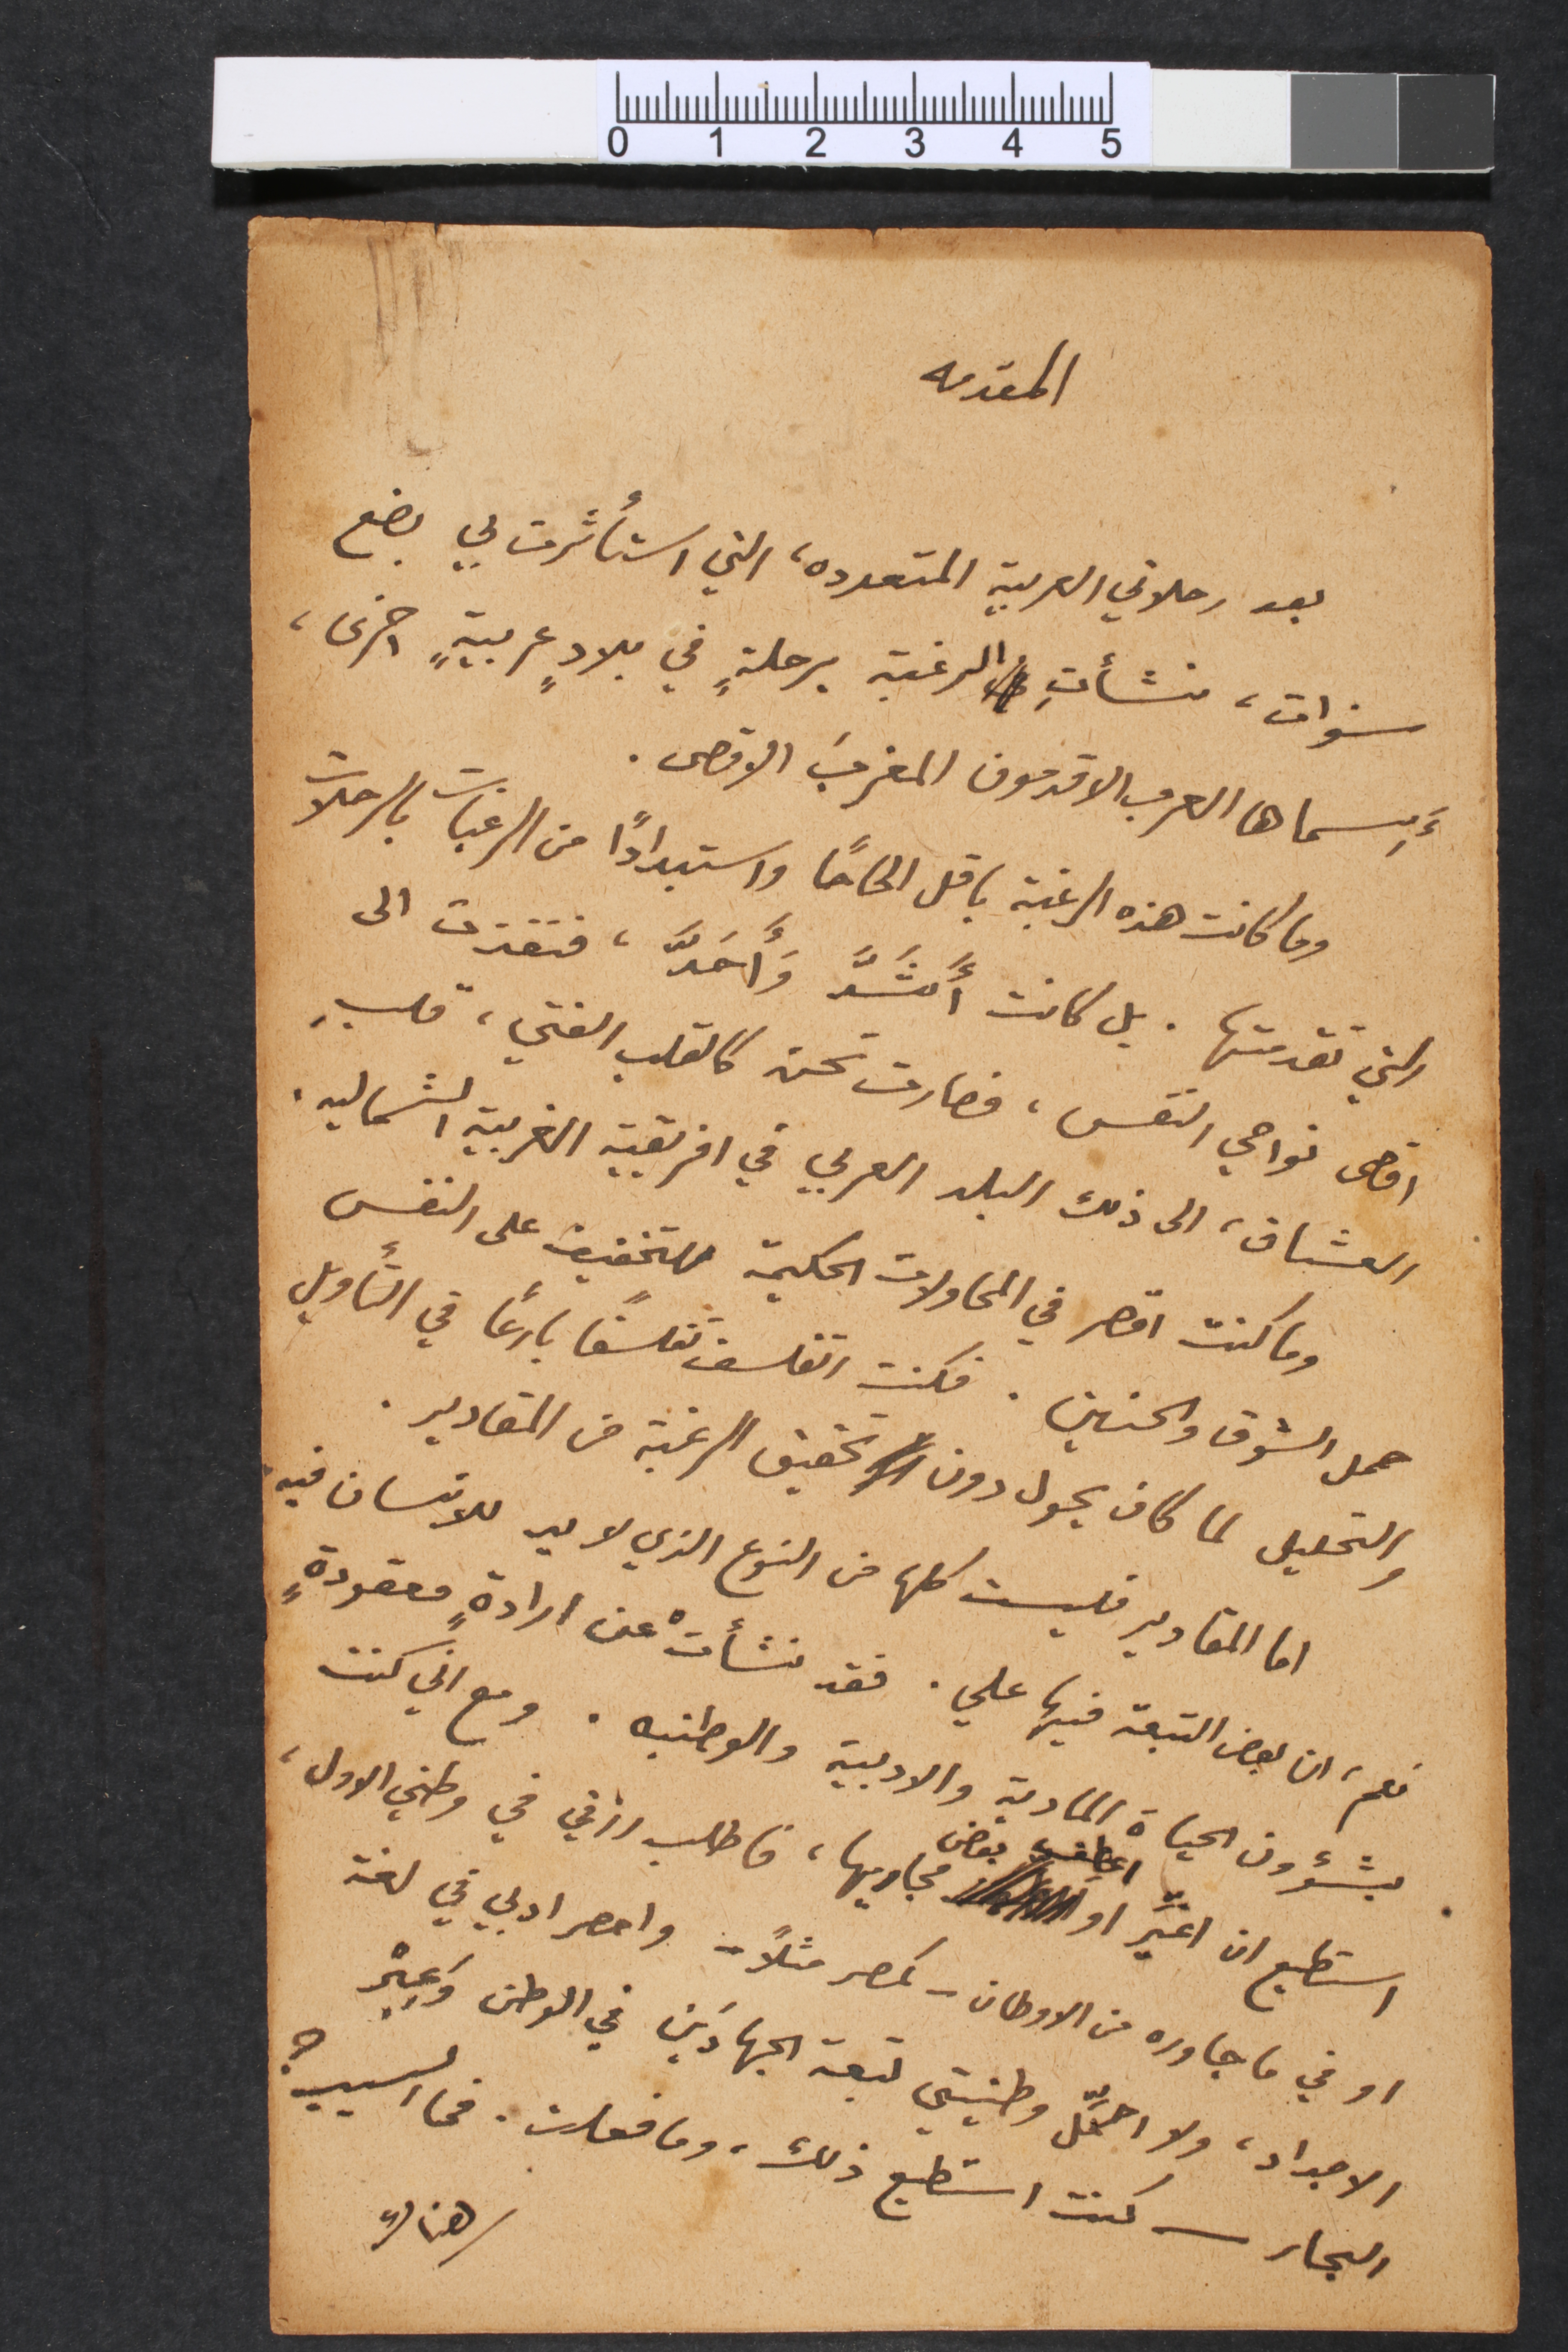
المقدمه
بعد رحلاتي العربية المتعددة التي استأثرت بي بضع
سنوات، نشأتِ في الرغبة برحلةٍ في بلادٍ عربيةٍ اخرى،
أَسماها العرب الاقدمون المغربَ الاقصى.
وما كانت هذه الرغبة باقل الحاحاً واستبداداً من الرغبات بالرحلات
التي تقدمتها. بل كانت أَشَدَّ وَأَحَدَّ، فنفذت الى
اقصى نواحي النفس، فصارت تحن كالقلب الفتي، قلبٍ
العشاق، الى ذلك البلد العربي في افريقيه الغربية الشماليه.
وما كنت اقصر في المحاولات الحكيمة للتخفيف على النفس
حمل الشوق والحنين. فكنت اتفلسف تفلسفاً بارعاً في التأويل
والتحليل لما كان يحول دون تحقيق الرغبة من المقادير.
اما المقادير فليست كلها من النوع الذي لا يد للانسان فيه.
نعم، ان بعض التبعة فيها علي. فقد نشأت عن ارادةٍ معقودةٍ
بشؤون الحياة المادية والادبية والوطنيه. ومع اني كنت
استطيع ان اغيِّر او اعطف بعد مجاريها، فاطلب رزقي في وطني الاول،
او في ما جاوره من الاوطان - كمصر مثلاً - واحصر ادبي في لغة
الاجداد، ولا احمِّل وطنيتي تبعة الجهادَين في الوطن وعِبْر
البحار كنت استطيع ذلك، وما فعلت، فما السبب؟
هناك